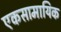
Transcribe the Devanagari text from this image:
एकसामायिक